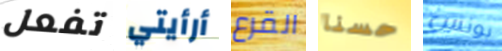
تفعل أرأيتي القرع حسنا بونس